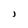
Character: J